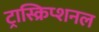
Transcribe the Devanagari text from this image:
ट्रास्क्रिप्शनल